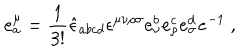
e _ { a } ^ { \mu } = \frac { 1 } { 3 ! } \hat { \epsilon } _ { a b c d } \epsilon ^ { \mu \nu \rho \sigma } e _ { \nu } ^ { b } e _ { \rho } ^ { c } e _ { \sigma } ^ { d } { \tt e } ^ { - 1 } ~ ,